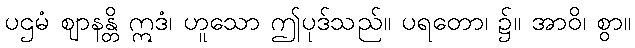
ပဌမံ ဈာနန္တိ ဣဒံ၊ ဟူသော ဤပုဒ်သည်။ ပရတော၊ ၌။ အာဝိ၊ စွာ။